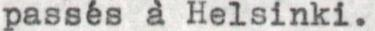
passés à Helsinki.